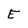
Character: E